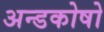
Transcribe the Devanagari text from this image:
अन्डकोषो